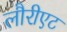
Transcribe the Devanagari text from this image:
लौरीएट